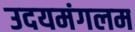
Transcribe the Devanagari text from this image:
उदयमंगलम